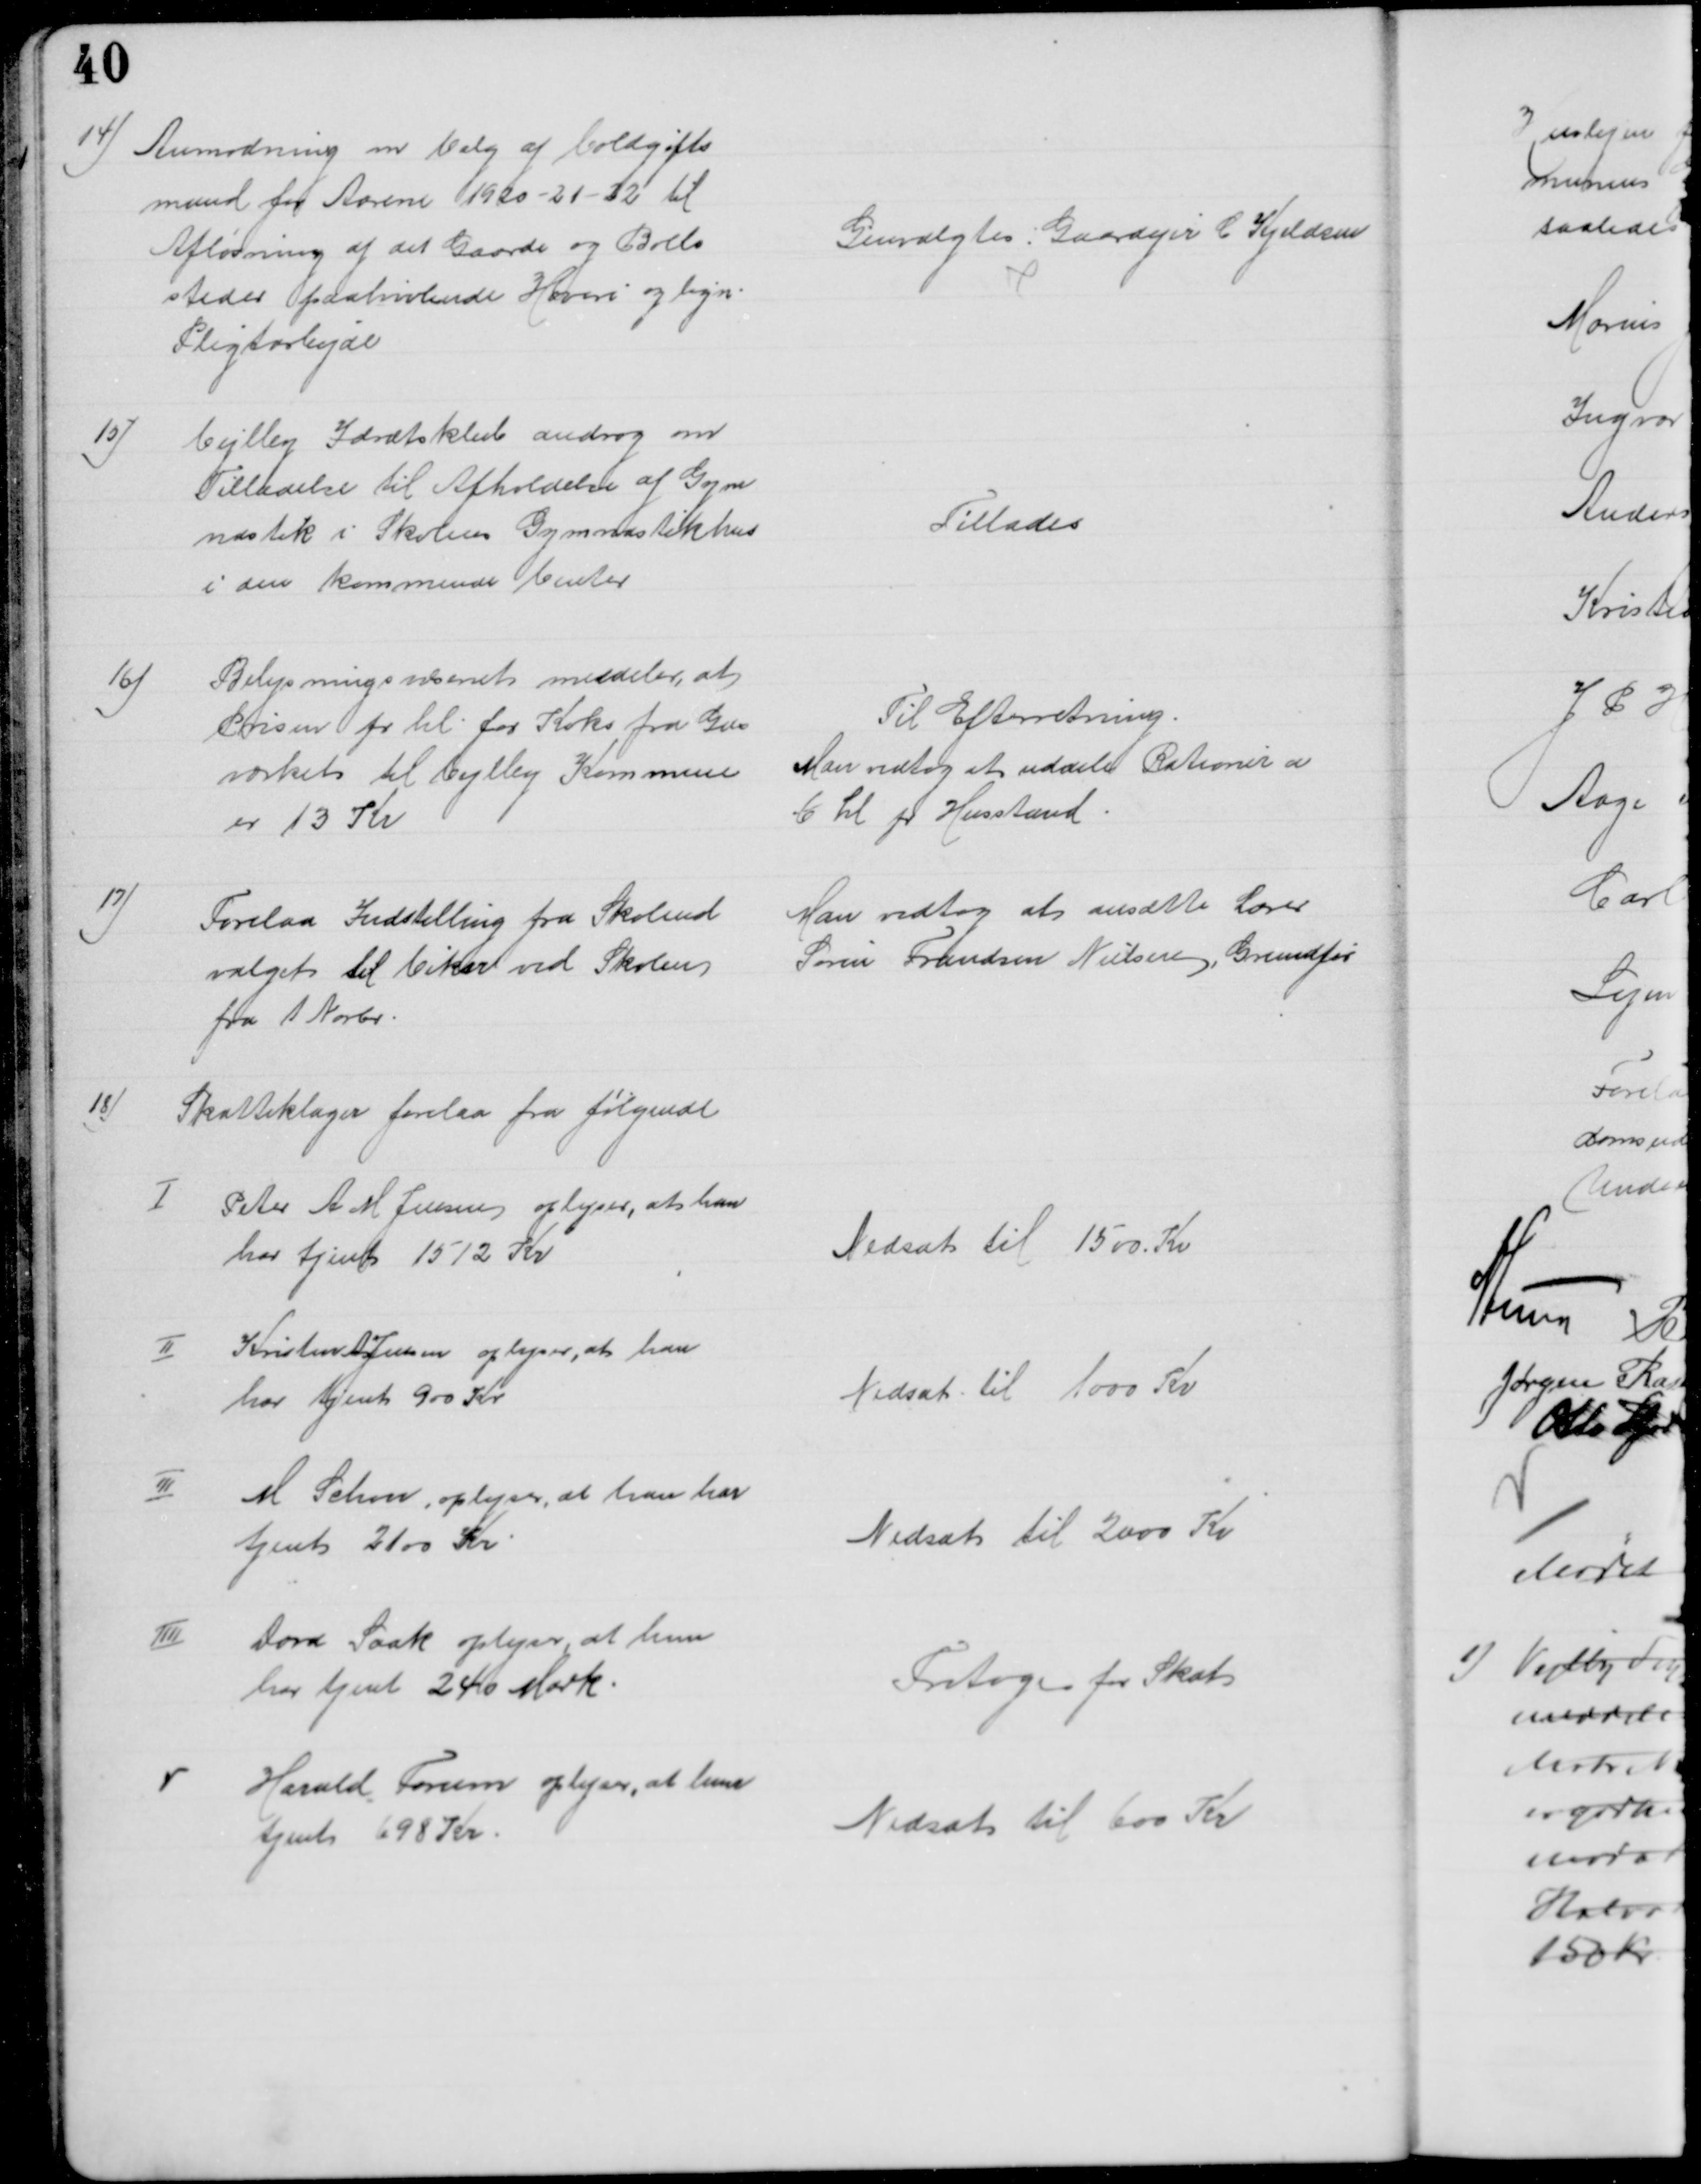
Transskription:
14)
Anmodning om Valg af Voldgifts
mand for Aarene 1920-21-22 til 
Afløsning af det Gaarde og Boels
steder paahvilende Hoveri og lign.
Pligtarbejde
Genvalgtes: Gaardejer C Kjeldsen
15)
Vejlby Idrætsklub androg om
Tilladelse til Afholdelse af Gym
nastik i Skolens Gymnastikhus
i den kommende Vinter
Tillades
16)
Belysningsvæsenet meddeler, at 
Prisen pr hl for Koks fra Gas
værket til Vejlby Kommune
er 13 Kr
Til Efterretning.
Man vedtog at uddele Rationer a
6 hl pr Husstand
17)
Forelaa Indstilling fra Skoleud
valget til Vikar ved Skolen
fra 1 Novbr.
Man vedtog at ansætte Lærer
Søren Frandsen Nielsen, Grundfør
18)
Skatteklager forelaa fra følgende
I
Peter A. M. Jensen oplyser, at han
har tjent 1512 Kr
Nedsat til 1500 Kr
II
Kristen A Jensen oplyser, at han
har tjent 900 Kr.
Nedsat til 1000 Kr
III
M. Schou, oplyser, at han har
tjent 2100 Kr.
Nedsat til 2000 Kr
IIII
Dora Saak oplyser, at hun 
har tjent 240 Mark.
Fritages for Skat
V
Harald Farum oplyser, at have
tjent 698 Kr.
Nedsat til 600 Kr